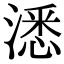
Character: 㴽